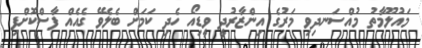
މައުލޫމާތު މުއްސަނދިވި މަރުގެ އިންޒާރުދީ ވީޑިއޯ ހެދި ކަމަށް ބެލެވޭ ގެއެއް ފާސްކޮށްފި